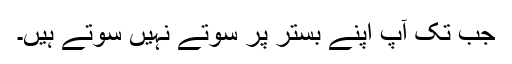
جب تک آپ اپنے بستر پر سوتے نہیں سوتے ہیں۔